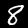
Label: 8